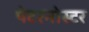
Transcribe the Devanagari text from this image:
पेटरनोस्टर